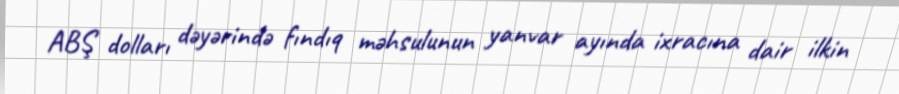
ABŞ dolları dəyərində fındıq məhsulunun yanvar ayında ixracına dair ilkin